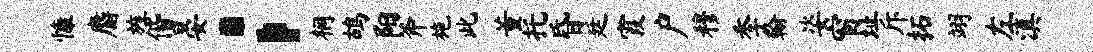
慷麝旌偕晏；桐鸪阳斧施此董托昏廷霞户穆季翰姿窗址斥拓翊左滇